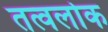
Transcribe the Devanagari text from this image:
तत्वलोक